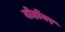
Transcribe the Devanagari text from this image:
दोहोंवर